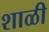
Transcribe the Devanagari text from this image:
शाळी